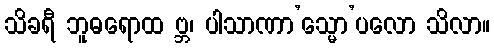
သိခရီ ဘူဓရောထ ဗ္ဘ၊ ပါသာဏာ’သ္မော’ပလော သိလာ။